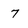
Character: 7